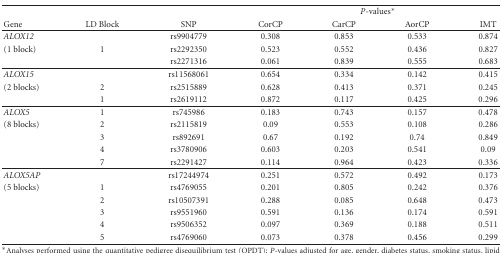
|  |  |  | <COLSPAN=4> P-values* |
 | Gene | LD Block | SNP | CorCP | CarCP | AorCP | IMT |
 | --- | --- | --- | --- | --- | --- | --- |
 | ALOX12 |  | rs9904779 | 0.308 | 0.853 | 0.533 | 0.874 |
 | (1 block) | 1 | rs2292350 | 0.523 | 0.552 | 0.436 | 0.827 |
 |  |  | rs2271316 | 0.061 | 0.839 | 0.555 | 0.683 |
 | ALOX15 |  | rs11568061 | 0.654 | 0.334 | 0.142 | 0.415 |
 | (2 blocks) | 2 | rs2515889 | 0.628 | 0.413 | 0.371 | 0.245 |
 |  | 1 | rs2619112 | 0.872 | 0.117 | 0.425 | 0.296 |
 | ALOX5 | 1 | rs745986 | 0.183 | 0.743 | 0.157 | 0.478 |
 | (8 blocks) | 2 | rs2115819 | 0.09 | 0.553 | 0.108 | 0.286 |
 |  | 3 | rs892691 | 0.67 | 0.192 | 0.74 | 0.849 |
 |  | 4 | rs3780906 | 0.603 | 0.203 | 0.541 | 0.09 |
 |  | 7 | rs2291427 | 0.114 | 0.964 | 0.423 | 0.336 |
 | ALOX5AP |  | rs17244974 | 0.251 | 0.572 | 0.492 | 0.173 |
 | (5 blocks) | 1 | rs4769055 | 0.201 | 0.805 | 0.242 | 0.376 |
 |  | 2 | rs10507391 | 0.288 | 0.085 | 0.648 | 0.473 |
 |  | 3 | rs9551960 | 0.591 | 0.136 | 0.174 | 0.591 |
 |  | 4 | rs9506352 | 0.097 | 0.369 | 0.188 | 0.511 |
 |  | 5 | rs4769060 | 0.073 | 0.378 | 0.456 | 0.299 |